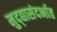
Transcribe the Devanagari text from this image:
मुद्द्यासंदर्भात